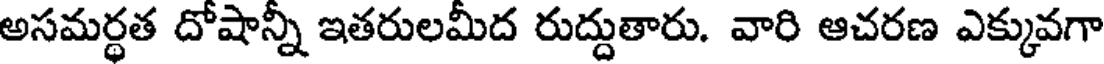
అసమర్థత దోషాన్నీ ఇతరులమీద రుద్దుతారు. వారి ఆచరణ ఎక్కువగా